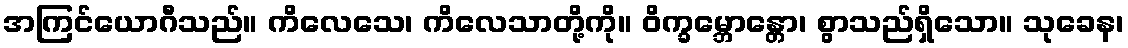
အကြင်ယောဂီသည်။ ကိလေသေ၊ ကိလေသာတို့ကို။ ဝိက္ခမ္ဘောန္တော၊ စွာသည်ရှိသော။ သုခေန၊